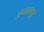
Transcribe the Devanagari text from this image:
अबाबकपुर